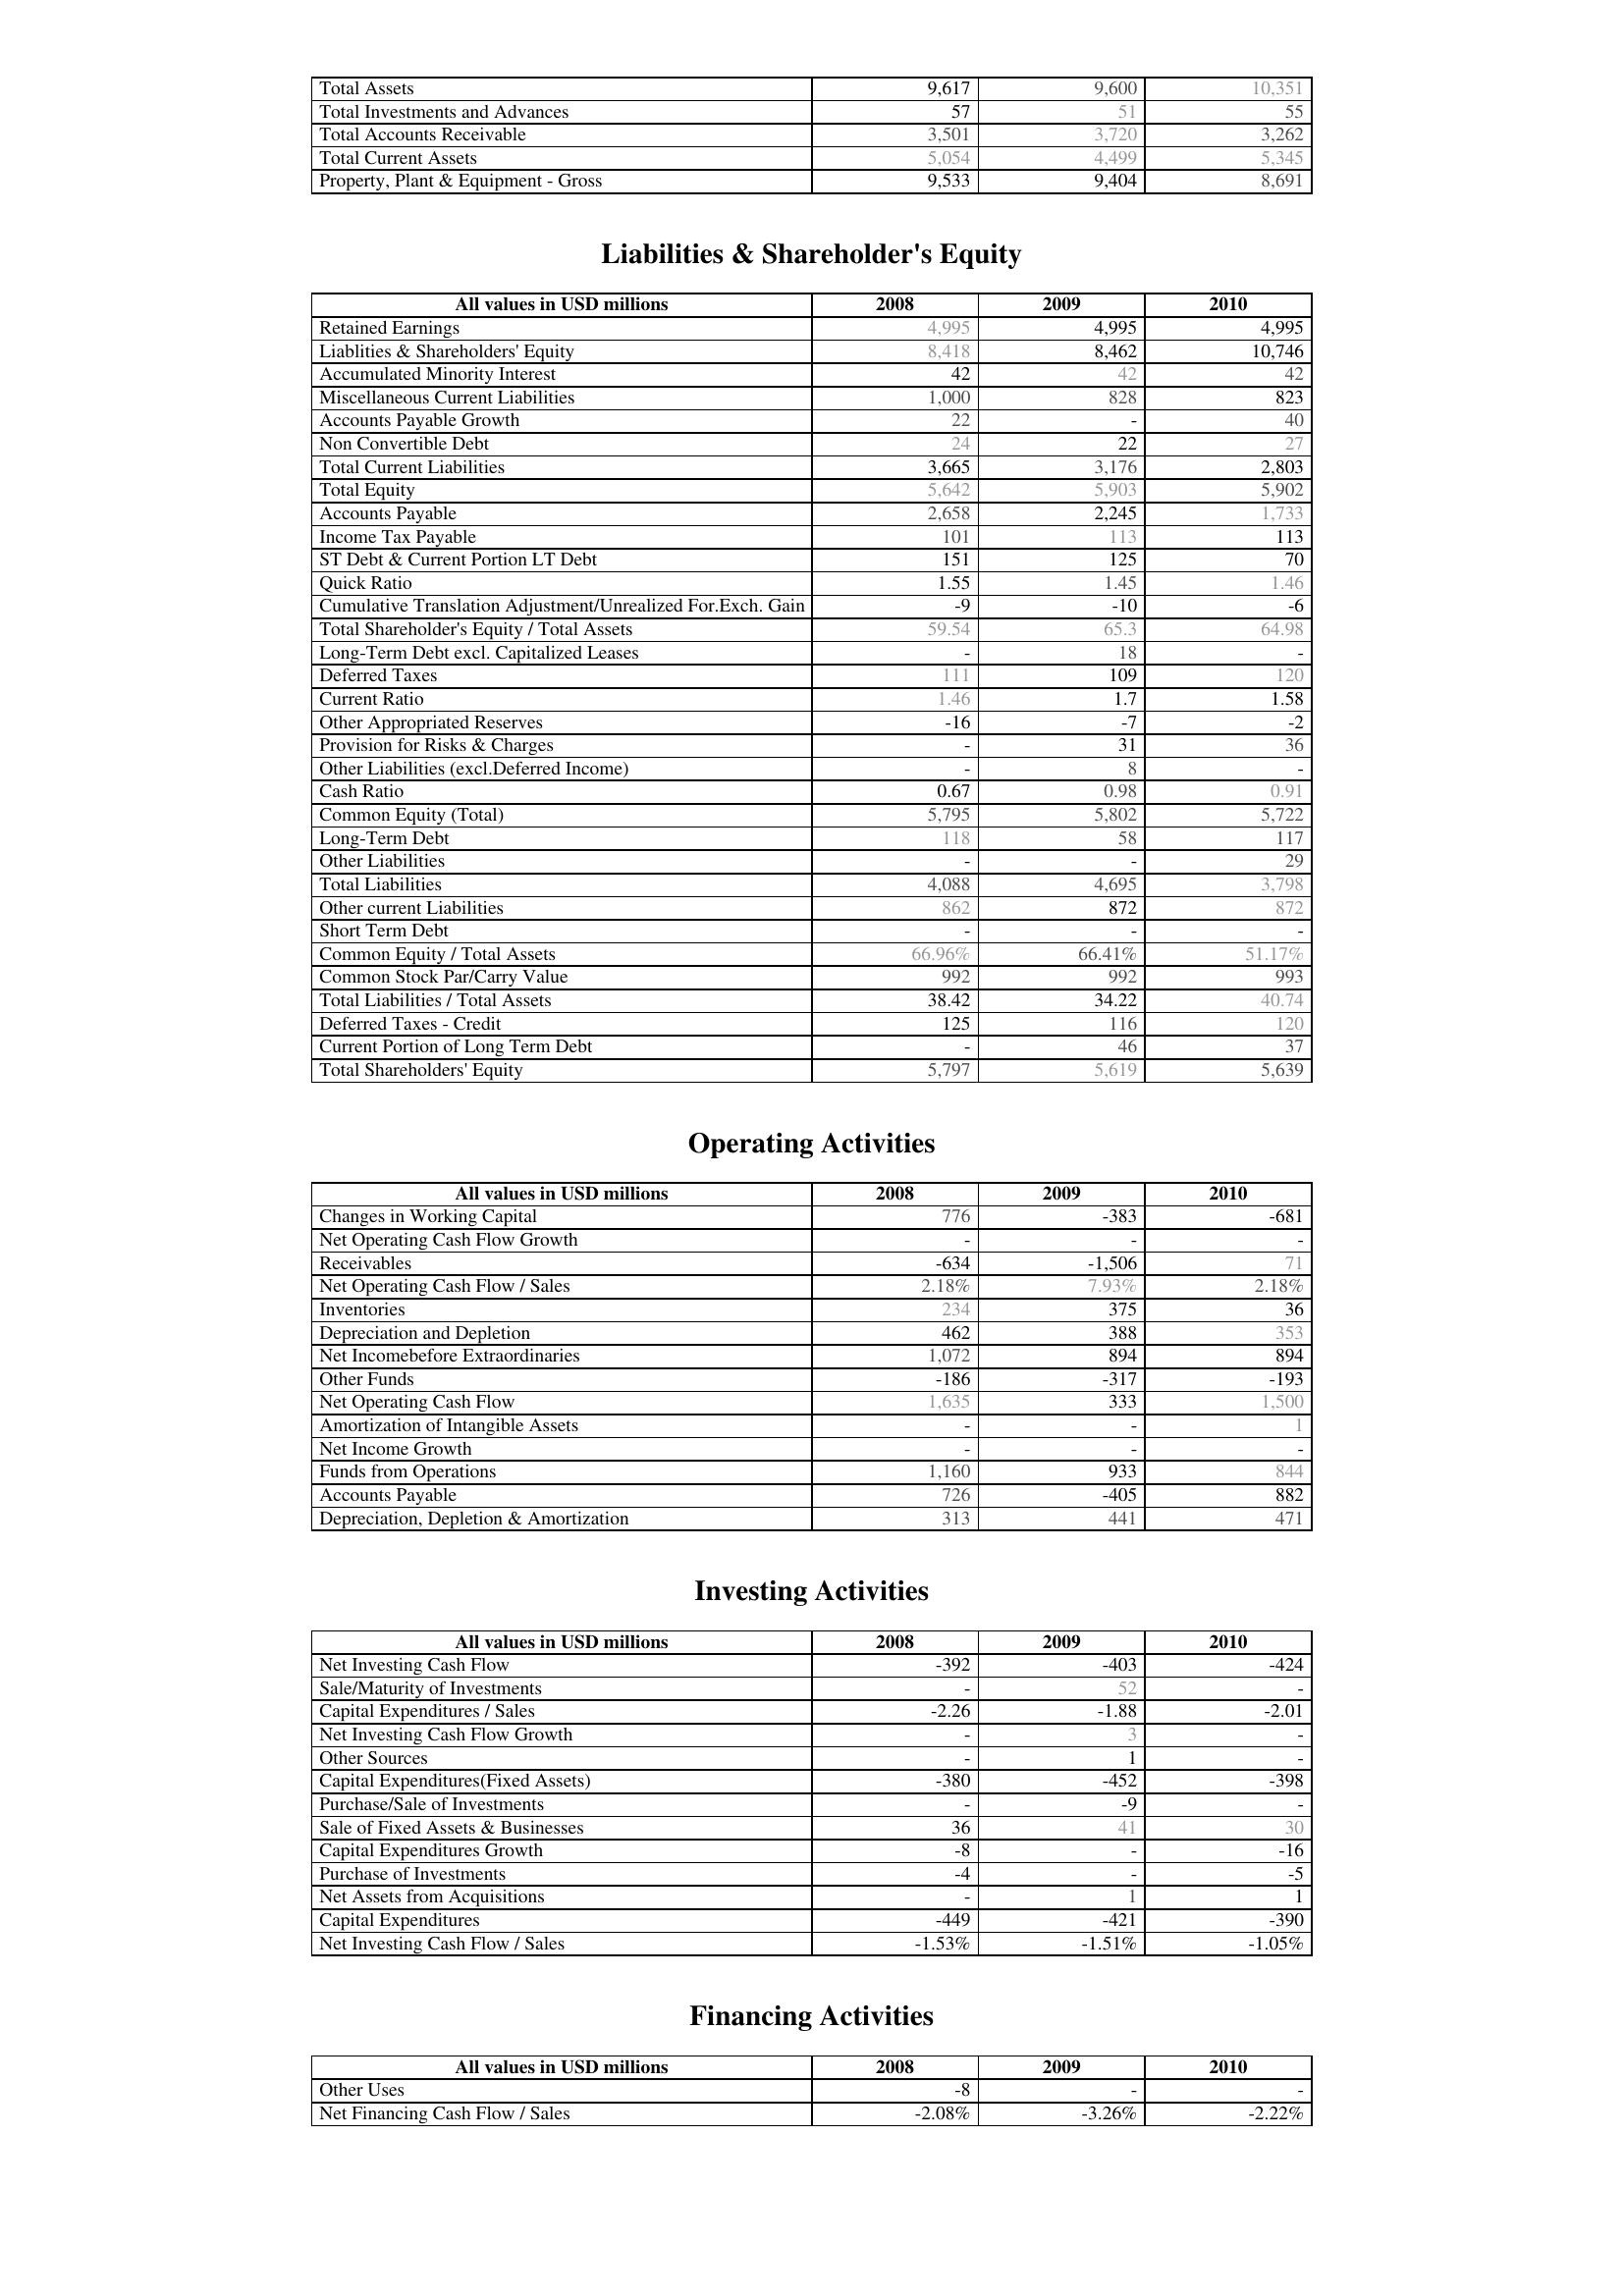
2008: Assets: Total Assets: 9,617
Total Investments and Advances: 57
Total Accounts Receivable: 3,501
Total Current Assets: 5,054
Property, Plant & Equipment - Gross : 9,533
Liabilities & Shareholder's Equity: Retained Earnings: 4,995
Liablities & Shareholders' Equity: 8,418
Accumulated Minority Interest: 42
Miscellaneous Current Liabilities: 1,000
Accounts Payable Growth: 22
Non Convertible Debt: 24
Total Current Liabilities: 3,665
Total Equity: 5,642
Accounts Payable: 2,658
Income Tax Payable: 101
ST Debt & Current Portion LT Debt: 151
Quick Ratio: 1.55
Cumulative Translation Adjustment/Unrealized For.Exch. Gain: -9
Total Shareholder's Equity / Total Assets: 59.54
Long-Term Debt excl. Capitalized Leases: -
Deferred Taxes: 111
Current Ratio: 1.46
Other Appropriated Reserves: -16
Provision for Risks & Charges: -
Other Liabilities (excl.Deferred Income): -
Cash Ratio: 0.67
Common Equity (Total): 5,795
Long-Term Debt: 118
Other Liabilities: -
Total Liabilities: 4,088
Other current Liabilities: 862
Short Term Debt: -
Common Equity / Total Assets: 66.96%
Common Stock Par/Carry Value: 992
Total Liabilities / Total Assets: 38.42
Deferred Taxes - Credit: 125
Current Portion of Long Term Debt: -
Total Shareholders' Equity: 5,797
Operating Activities: Changes in Working Capital: 776
Net Operating Cash Flow Growth: -
Receivables: -634
Net Operating Cash Flow / Sales: 2.18%
Inventories: 234
Depreciation and Depletion: 462
Net Incomebefore Extraordinaries: 1,072
Other Funds: -186
Net Operating Cash Flow: 1,635
Amortization of Intangible Assets: -
Net Income Growth: -
Funds from Operations: 1,160
Accounts Payable: 726
Depreciation, Depletion & Amortization: 313
Investing Activities: Net Investing Cash Flow: -392
Sale/Maturity of Investments: -
Capital Expenditures / Sales: -2.26
Net Investing Cash Flow Growth: -
Other Sources: -
Capital Expenditures(Fixed Assets): -380
Purchase/Sale of Investments: -
Sale of Fixed Assets & Businesses: 36
Capital Expenditures Growth: -8
Purchase of Investments: -4
Net Assets from Acquisitions: -
Capital Expenditures: -449
Net Investing Cash Flow / Sales: -1.53%
Financing Activities: Other Uses: -8
Net Financing Cash Flow / Sales: -2.08%
2009: Assets: Total Assets: 9,600
Total Investments and Advances: 51
Total Accounts Receivable: 3,720
Total Current Assets: 4,499
Property, Plant & Equipment - Gross : 9,404
Liabilities & Shareholder's Equity: Retained Earnings: 4,995
Liablities & Shareholders' Equity: 8,462
Accumulated Minority Interest: 42
Miscellaneous Current Liabilities: 828
Accounts Payable Growth: -
Non Convertible Debt: 22
Total Current Liabilities: 3,176
Total Equity: 5,903
Accounts Payable: 2,245
Income Tax Payable: 113
ST Debt & Current Portion LT Debt: 125
Quick Ratio: 1.45
Cumulative Translation Adjustment/Unrealized For.Exch. Gain: -10
Total Shareholder's Equity / Total Assets: 65.3
Long-Term Debt excl. Capitalized Leases: 18
Deferred Taxes: 109
Current Ratio: 1.7
Other Appropriated Reserves: -7
Provision for Risks & Charges: 31
Other Liabilities (excl.Deferred Income): 8
Cash Ratio: 0.98
Common Equity (Total): 5,802
Long-Term Debt: 58
Other Liabilities: -
Total Liabilities: 4,695
Other current Liabilities: 872
Short Term Debt: -
Common Equity / Total Assets: 66.41%
Common Stock Par/Carry Value: 992
Total Liabilities / Total Assets: 34.22
Deferred Taxes - Credit: 116
Current Portion of Long Term Debt: 46
Total Shareholders' Equity: 5,619
Operating Activities: Changes in Working Capital: -383
Net Operating Cash Flow Growth: -
Receivables: -1,506
Net Operating Cash Flow / Sales: 7.93%
Inventories: 375
Depreciation and Depletion: 388
Net Incomebefore Extraordinaries: 894
Other Funds: -317
Net Operating Cash Flow: 333
Amortization of Intangible Assets: -
Net Income Growth: -
Funds from Operations: 933
Accounts Payable: -405
Depreciation, Depletion & Amortization: 441
Investing Activities: Net Investing Cash Flow: -403
Sale/Maturity of Investments: 52
Capital Expenditures / Sales: -1.88
Net Investing Cash Flow Growth: 3
Other Sources: 1
Capital Expenditures(Fixed Assets): -452
Purchase/Sale of Investments: -9
Sale of Fixed Assets & Businesses: 41
Capital Expenditures Growth: -
Purchase of Investments: -
Net Assets from Acquisitions: 1
Capital Expenditures: -421
Net Investing Cash Flow / Sales: -1.51%
Financing Activities: Other Uses: -
Net Financing Cash Flow / Sales: -3.26%
2010: Assets: Total Assets: 10,351
Total Investments and Advances: 55
Total Accounts Receivable: 3,262
Total Current Assets: 5,345
Property, Plant & Equipment - Gross : 8,691
Liabilities & Shareholder's Equity: Retained Earnings: 4,995
Liablities & Shareholders' Equity: 10,746
Accumulated Minority Interest: 42
Miscellaneous Current Liabilities: 823
Accounts Payable Growth: 40
Non Convertible Debt: 27
Total Current Liabilities: 2,803
Total Equity: 5,902
Accounts Payable: 1,733
Income Tax Payable: 113
ST Debt & Current Portion LT Debt: 70
Quick Ratio: 1.46
Cumulative Translation Adjustment/Unrealized For.Exch. Gain: -6
Total Shareholder's Equity / Total Assets: 64.98
Long-Term Debt excl. Capitalized Leases: -
Deferred Taxes: 120
Current Ratio: 1.58
Other Appropriated Reserves: -2
Provision for Risks & Charges: 36
Other Liabilities (excl.Deferred Income): -
Cash Ratio: 0.91
Common Equity (Total): 5,722
Long-Term Debt: 117
Other Liabilities: 29
Total Liabilities: 3,798
Other current Liabilities: 872
Short Term Debt: -
Common Equity / Total Assets: 51.17%
Common Stock Par/Carry Value: 993
Total Liabilities / Total Assets: 40.74
Deferred Taxes - Credit: 120
Current Portion of Long Term Debt: 37
Total Shareholders' Equity: 5,639
Operating Activities: Changes in Working Capital: -681
Net Operating Cash Flow Growth: -
Receivables: 71
Net Operating Cash Flow / Sales: 2.18%
Inventories: 36
Depreciation and Depletion: 353
Net Incomebefore Extraordinaries: 894
Other Funds: -193
Net Operating Cash Flow: 1,500
Amortization of Intangible Assets: 1
Net Income Growth: -
Funds from Operations: 844
Accounts Payable: 882
Depreciation, Depletion & Amortization: 471
Investing Activities: Net Investing Cash Flow: -424
Sale/Maturity of Investments: -
Capital Expenditures / Sales: -2.01
Net Investing Cash Flow Growth: -
Other Sources: -
Capital Expenditures(Fixed Assets): -398
Purchase/Sale of Investments: -
Sale of Fixed Assets & Businesses: 30
Capital Expenditures Growth: -16
Purchase of Investments: -5
Net Assets from Acquisitions: 1
Capital Expenditures: -390
Net Investing Cash Flow / Sales: -1.05%
Financing Activities: Other Uses: -
Net Financing Cash Flow / Sales: -2.22%